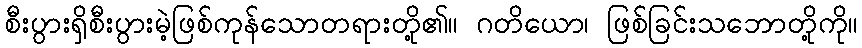
စီးပွားရှိစီးပွားမဲ့ဖြစ်ကုန်သောတရားတို့၏။ ဂတိယော၊ ဖြစ်ခြင်းသဘောတို့ကို။